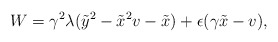
\begin{align*}W = \gamma^2 \lambda ( \tilde{y}^2 - \tilde{x}^2 v - \tilde{x}) + \epsilon (\gamma \tilde{x} - v),\end{align*}